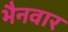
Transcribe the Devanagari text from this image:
भैनवार